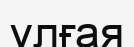
үлғая